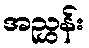
အညွှန်း